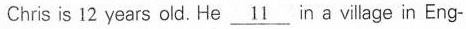
Chris is 12 years old. He \underline{11} in a village in Eng-